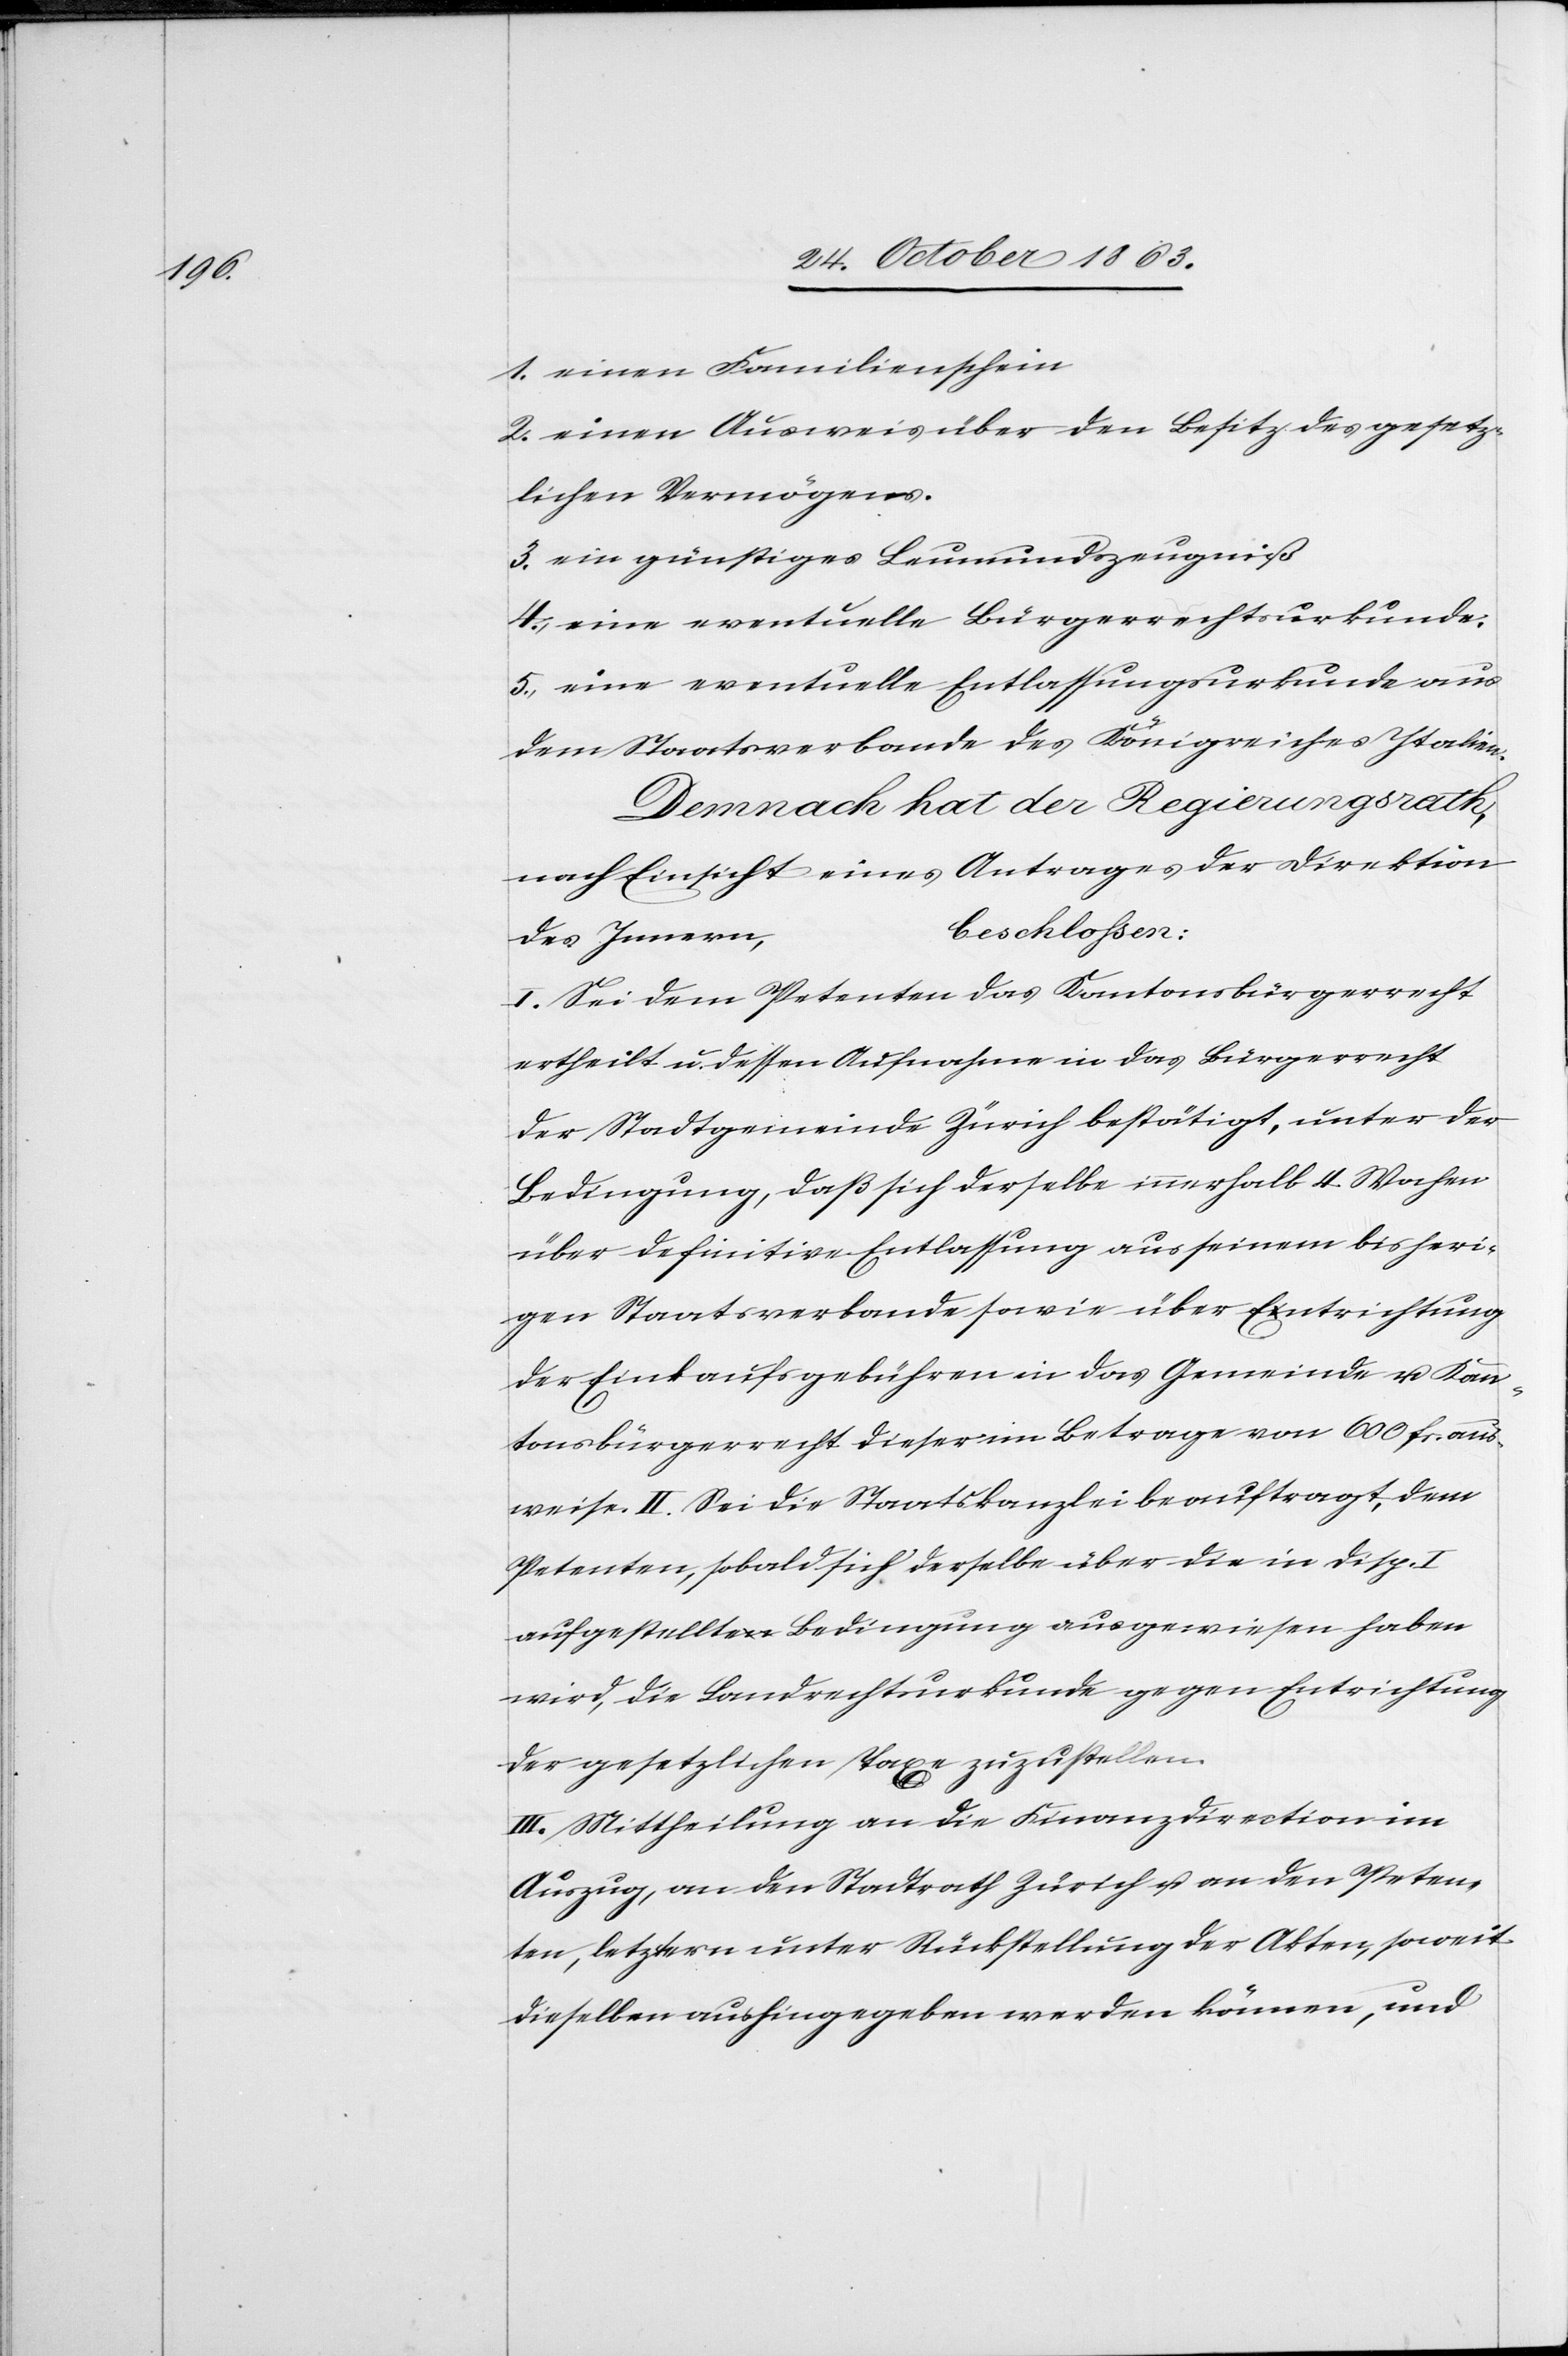
weise.

1. einen Familienschein
2. einen Ausweis über den Besitz des gesetz¬
lichen Vermögens.
3. ein günstiges Leumundszeugniß
4. eine eventuelle Bürgerrechtsurkunde;
5. eine eventuelle Entlassungsurkunde aus
dem Staatsverbande des Königreiches Italien.
Demnach hat der Regierungsrath,
nach Einsicht eines Antrages der Direktion
beschlossen:
des Innern,
I. Sei dem Petenten das Kantonsbürgerrecht
ertheilt u. dessen Aufnahme in das Bürgerrecht
der Stadtgemeinde Zürich bestätigt, unter der
Bedingung, daß sich derselbe innerhalb 4 Wochen
über definitive Entlassung aus seinem bisheri¬
gen Staatsverbande sowie über Entrichtung
der Einkaufsgebühren in das Gemeinde[-] u. Kan¬
tonsbürgerrecht dieser im Betrage von 600 fr. aus¬
Petenten, sobald sich derselbe über die in Disp.
aufgestellte Bedingung ausgewiesen haben
wird, die Landrechtsurkunde gegen Entrichtung
der gesetzlichen Taxe zuzustellen.
III. Mittheilung an die Finanzdirection im
Auszug, an den Stadtrath Zürich u. an den Peten¬
ten, letztern unter Rückstellung der Akten, soweit
dieselben aushingegeben werden können, und